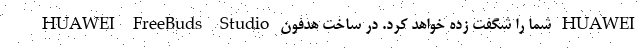
HUAWEI FreeBuds Studio شما را شگفت زده خواهد کرد. در ساخت هدفون HUAWEI